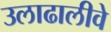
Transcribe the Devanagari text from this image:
उलाढालीवे